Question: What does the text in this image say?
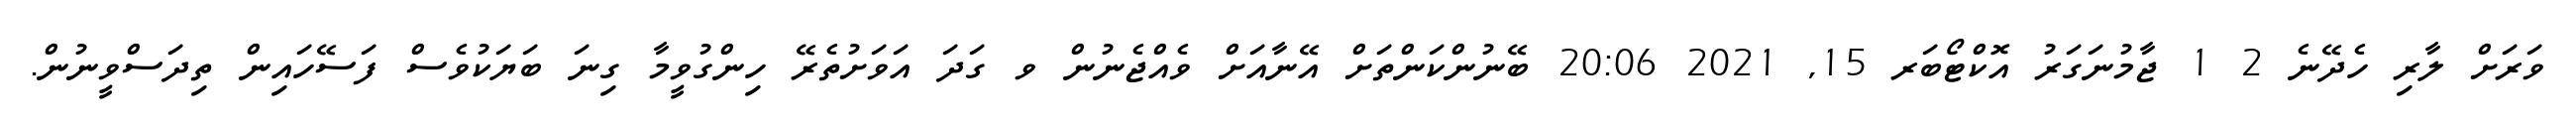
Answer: ވަރަށް ލާރި ހެދޭނެ 2 1 ޖާމުނަގަރު އޮކްޓޯބަރ 15, 2021 20:06 ބޭނުންކަންތަށް އޭނާއަށް ވެއްޖެނުން ވ ގަދަ އަވަށުތެރޭ ހިންގުވީމާ ގިނަ ބަޔަކުވެސް ފަސޭހައިން ތިދަސްވީނުން.